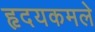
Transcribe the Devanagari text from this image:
हृदयकमले